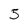
Character: 5